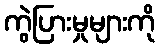
ကွဲပြားမှုများကို